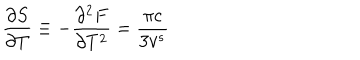
\frac { \partial S } { \partial T } \equiv - \frac { \partial ^ { 2 } F } { \partial T ^ { 2 } } = \frac { \pi c } { 3 v ^ { s } }